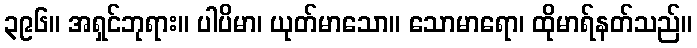
၃၉၆။ အရှင်ဘုရား။ ပါပိမာ၊ ယုတ်မာသော။ သောမာရော၊ ထိုမာရ်နတ်သည်။